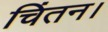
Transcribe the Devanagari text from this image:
चिंतन।